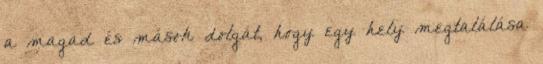
a magad és mások dolgát, hogy egy hely megtalálása